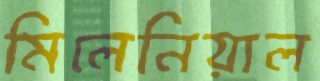
মিলেনিয়াল